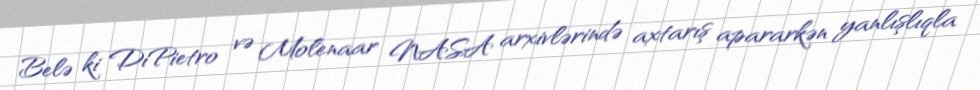
Belə ki DiPietro və Molenaar NASA arxivlərində axtarış apararkən yanlışlıqla